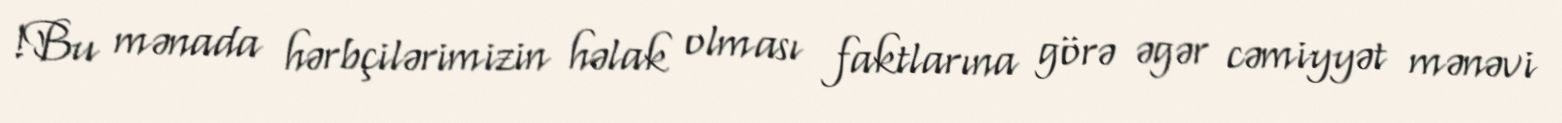
!Bu mənada hərbçilərimizin həlak olması faktlarına görə əgər cəmiyyət mənəvi